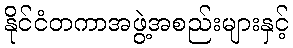
နိုင်ငံတကာအဖွဲ့အစည်းများနှင့်